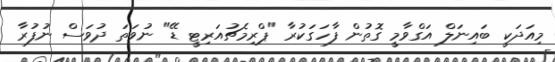
މިއަދަކީ ބައިނަލް އަގްވާމީ ގޮތުން ފާހަގަކުރާ "ޕްރިމެޗުއަރިޓީ ޑޭ" ނުވަތަ ދުވަސް ނުފުރާ